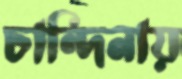
চান্দিনায়